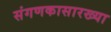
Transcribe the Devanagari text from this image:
संगणकासारख्या